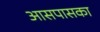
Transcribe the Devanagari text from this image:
आसपासका